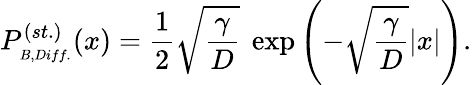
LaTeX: P_{_{B,Diff.}}^{(st.)}(x)=\frac{1}{2}\sqrt{\frac{\gamma}{D}}\ \exp{\left(-\sqrt{\frac{\gamma}{D}}|x|\right)}.